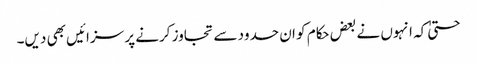
حتیٰ کہ انہوں نے بعض حکام کو ان حدود سے تجاوز کرنے پر سزائیں بھی دیں۔